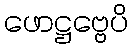
ဖောဋ္ဌဗ္ဗေပိ